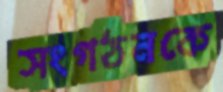
সংগঠনকে